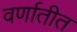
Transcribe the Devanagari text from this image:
वर्णातीत